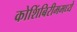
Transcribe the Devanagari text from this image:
कोशिंबिरीममध्ये